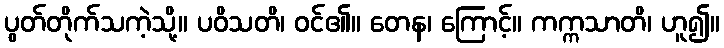
ပွတ်တိုက်သကဲ့သို့။ ပဝိသတိ၊ ဝင်၏။ တေန၊ ကြောင့်။ ကက္ကသာတိ၊ ဟူ၍။